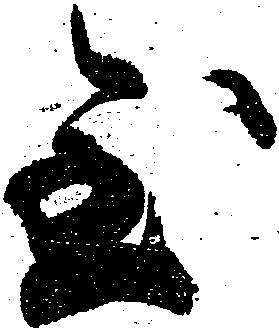
至